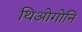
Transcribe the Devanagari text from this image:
थिओगोनि